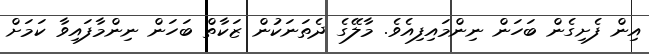
އިން ފެށިގެން ބަހަން ނިންމައިފިއެވެ. މާލޭގެ ދެތަނަކުން ޒަކާތް ބަހަން ނިންމާފައިވާ ކަމަށް